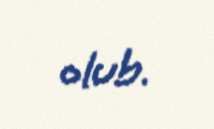
olub.